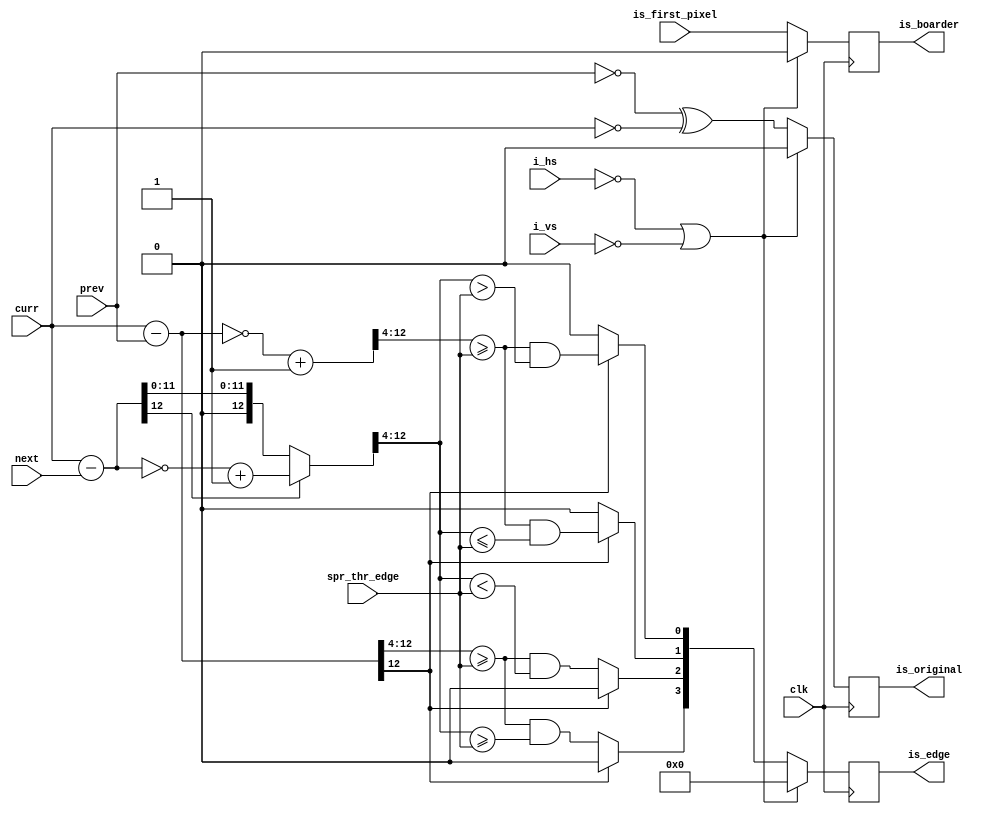
module special_case_detect_l (
    input clk,
    input i_hs,
    input i_vs,
    input is_first_pixel,
    input [11:0] spr_thr_edge,
    input [11:0] prev,
    input [11:0] curr,
    input [11:0] next,
    output is_boarder,
    output is_original,
    output [3:0] is_edge
);

wire is_original_w;
reg is_original_r;
wire [3:0] is_edge_w;
reg [3:0] is_edge_r;

wire is_boarder_w;
reg is_boarder_r;

wire [12:0] curr_prev_diff_w, curr_next_diff_w;

wire [12:0] abs_curr_prev_diff_w, abs_curr_next_diff_w;
reg edge_2_flag, edge_3_flag, edge_4_flag, edge_5_flag;

assign is_original_w = (prev == 0) ^ (curr == 0);
assign is_boarder_w = is_first_pixel;

assign is_original = is_original_r;
assign is_boarder = is_boarder_r;
assign is_edge_w = {edge_2_flag, edge_3_flag, edge_4_flag, edge_5_flag};

assign curr_prev_diff_w = curr - prev;
assign curr_next_diff_w = curr - next;

assign is_edge = is_edge_r;

assign abs_curr_prev_diff_w = ~curr_prev_diff_w+1;
assign abs_curr_next_diff_w = (curr_next_diff_w[12]) ? ~curr_next_diff_w+1 : curr_next_diff_w;

always @(*) begin
    edge_2_flag = (curr_prev_diff_w[12]) ? 0 : ((curr_prev_diff_w>>4 >= spr_thr_edge)&&(abs_curr_next_diff_w>>4 >= spr_thr_edge));
    edge_3_flag = (curr_prev_diff_w[12]) ? 0 : ((curr_prev_diff_w>>4 >= spr_thr_edge)&&(abs_curr_next_diff_w>>4 < spr_thr_edge));
    edge_4_flag = (curr_prev_diff_w[12]) ? ((abs_curr_prev_diff_w>>4 >= spr_thr_edge)&&(abs_curr_next_diff_w>>4 <= spr_thr_edge)) : 0;
    edge_5_flag = (curr_prev_diff_w[12]) ? ((abs_curr_prev_diff_w>>4 >= spr_thr_edge)&&(abs_curr_next_diff_w>>4 > spr_thr_edge)) : 0;
end

always @(posedge clk) begin
//    if(!rst_n)begin
//        is_original_r <= 0;
//        is_boarder_r <= 0;
//	is_edge_r <= 0;
//    end
//    else 
    if(!i_hs || !i_vs)begin
        is_original_r <= 0;
        is_boarder_r <= 0;
	is_edge_r <= 0;
    end
    else begin
        is_original_r <= is_original_w;
        is_boarder_r <= is_boarder_w;
	is_edge_r <= is_edge_w;
    end
end
    
endmodule